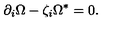
\partial _ { i } \Omega - \zeta _ { { i } } \Omega ^ { \ast } = 0 .